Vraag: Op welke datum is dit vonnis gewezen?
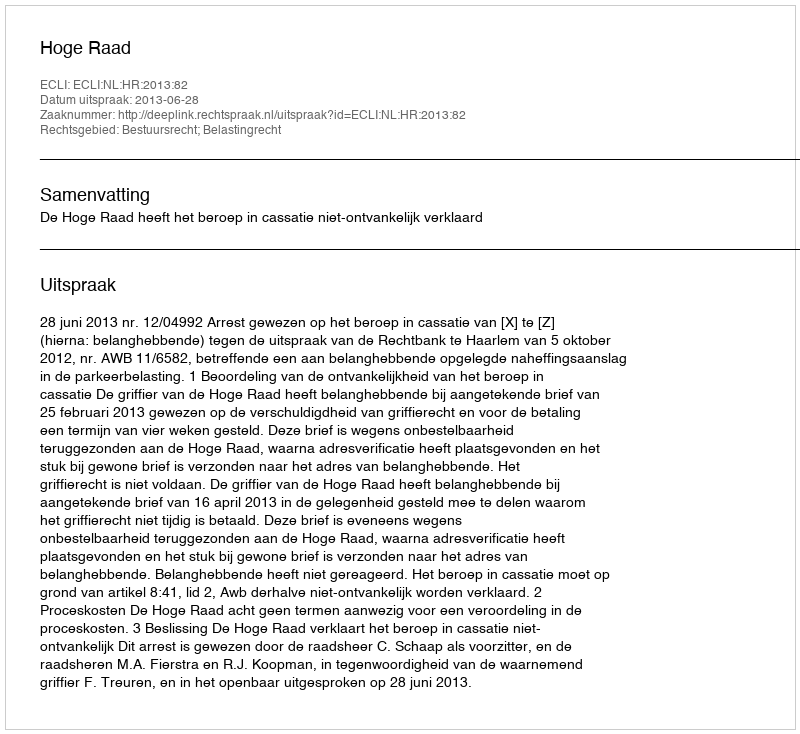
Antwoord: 2013-06-28